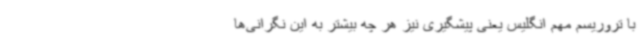
با تروریسم مهم انگلیس یعنی پیشگیری نیز هر چه بیشتر به این نگرانی‌ها